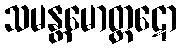
သမန္တမောတ္ထဋော